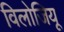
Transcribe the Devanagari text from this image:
विलोजियू